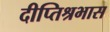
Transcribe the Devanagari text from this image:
दीप्तिश्रभास